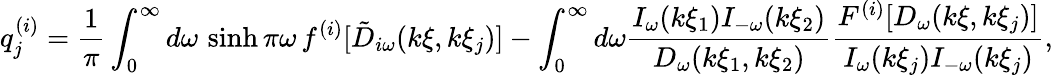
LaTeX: q_{j}^{(i)}=\frac{1}{\pi}\int_{0}^{\infty}d\omega\, \sinh\pi\omega\, f^{(i)}[\tilde{D}_{i\omega}(k\xi,k\xi_{j})]-\int_{0}^{\infty}d\omega\frac{I_{\omega}(k\xi_{1})I_{-\omega}(k\xi_{2})}{D_{\omega}(k\xi_{1},k\xi_{2})}\frac{F^{(i)}[D_{\omega}(k\xi,k\xi_{j})]}{I_{\omega}(k\xi_{j})I_{-\omega}(k\xi_{j})},